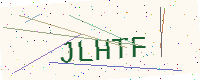
Text: JLHTF